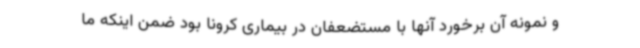
و نمونه آن برخورد آنها با مستضعفان در بیماری کرونا بود ضمن اینکه ما